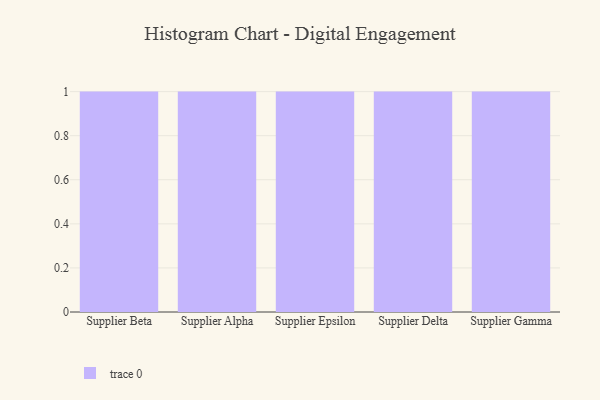
{"axis": {"x": "Supplier", "y": "Page Views"}, "legend": [""], "data": [{"x": "Supplier Beta", "y": 91, "type": ""}, {"x": "Supplier Alpha", "y": 86, "type": ""}, {"x": "Supplier Epsilon", "y": 5, "type": ""}, {"x": "Supplier Delta", "y": 98, "type": ""}, {"x": "Supplier Gamma", "y": 32, "type": ""}]}